Trukikaitis_Postimees, lk 73
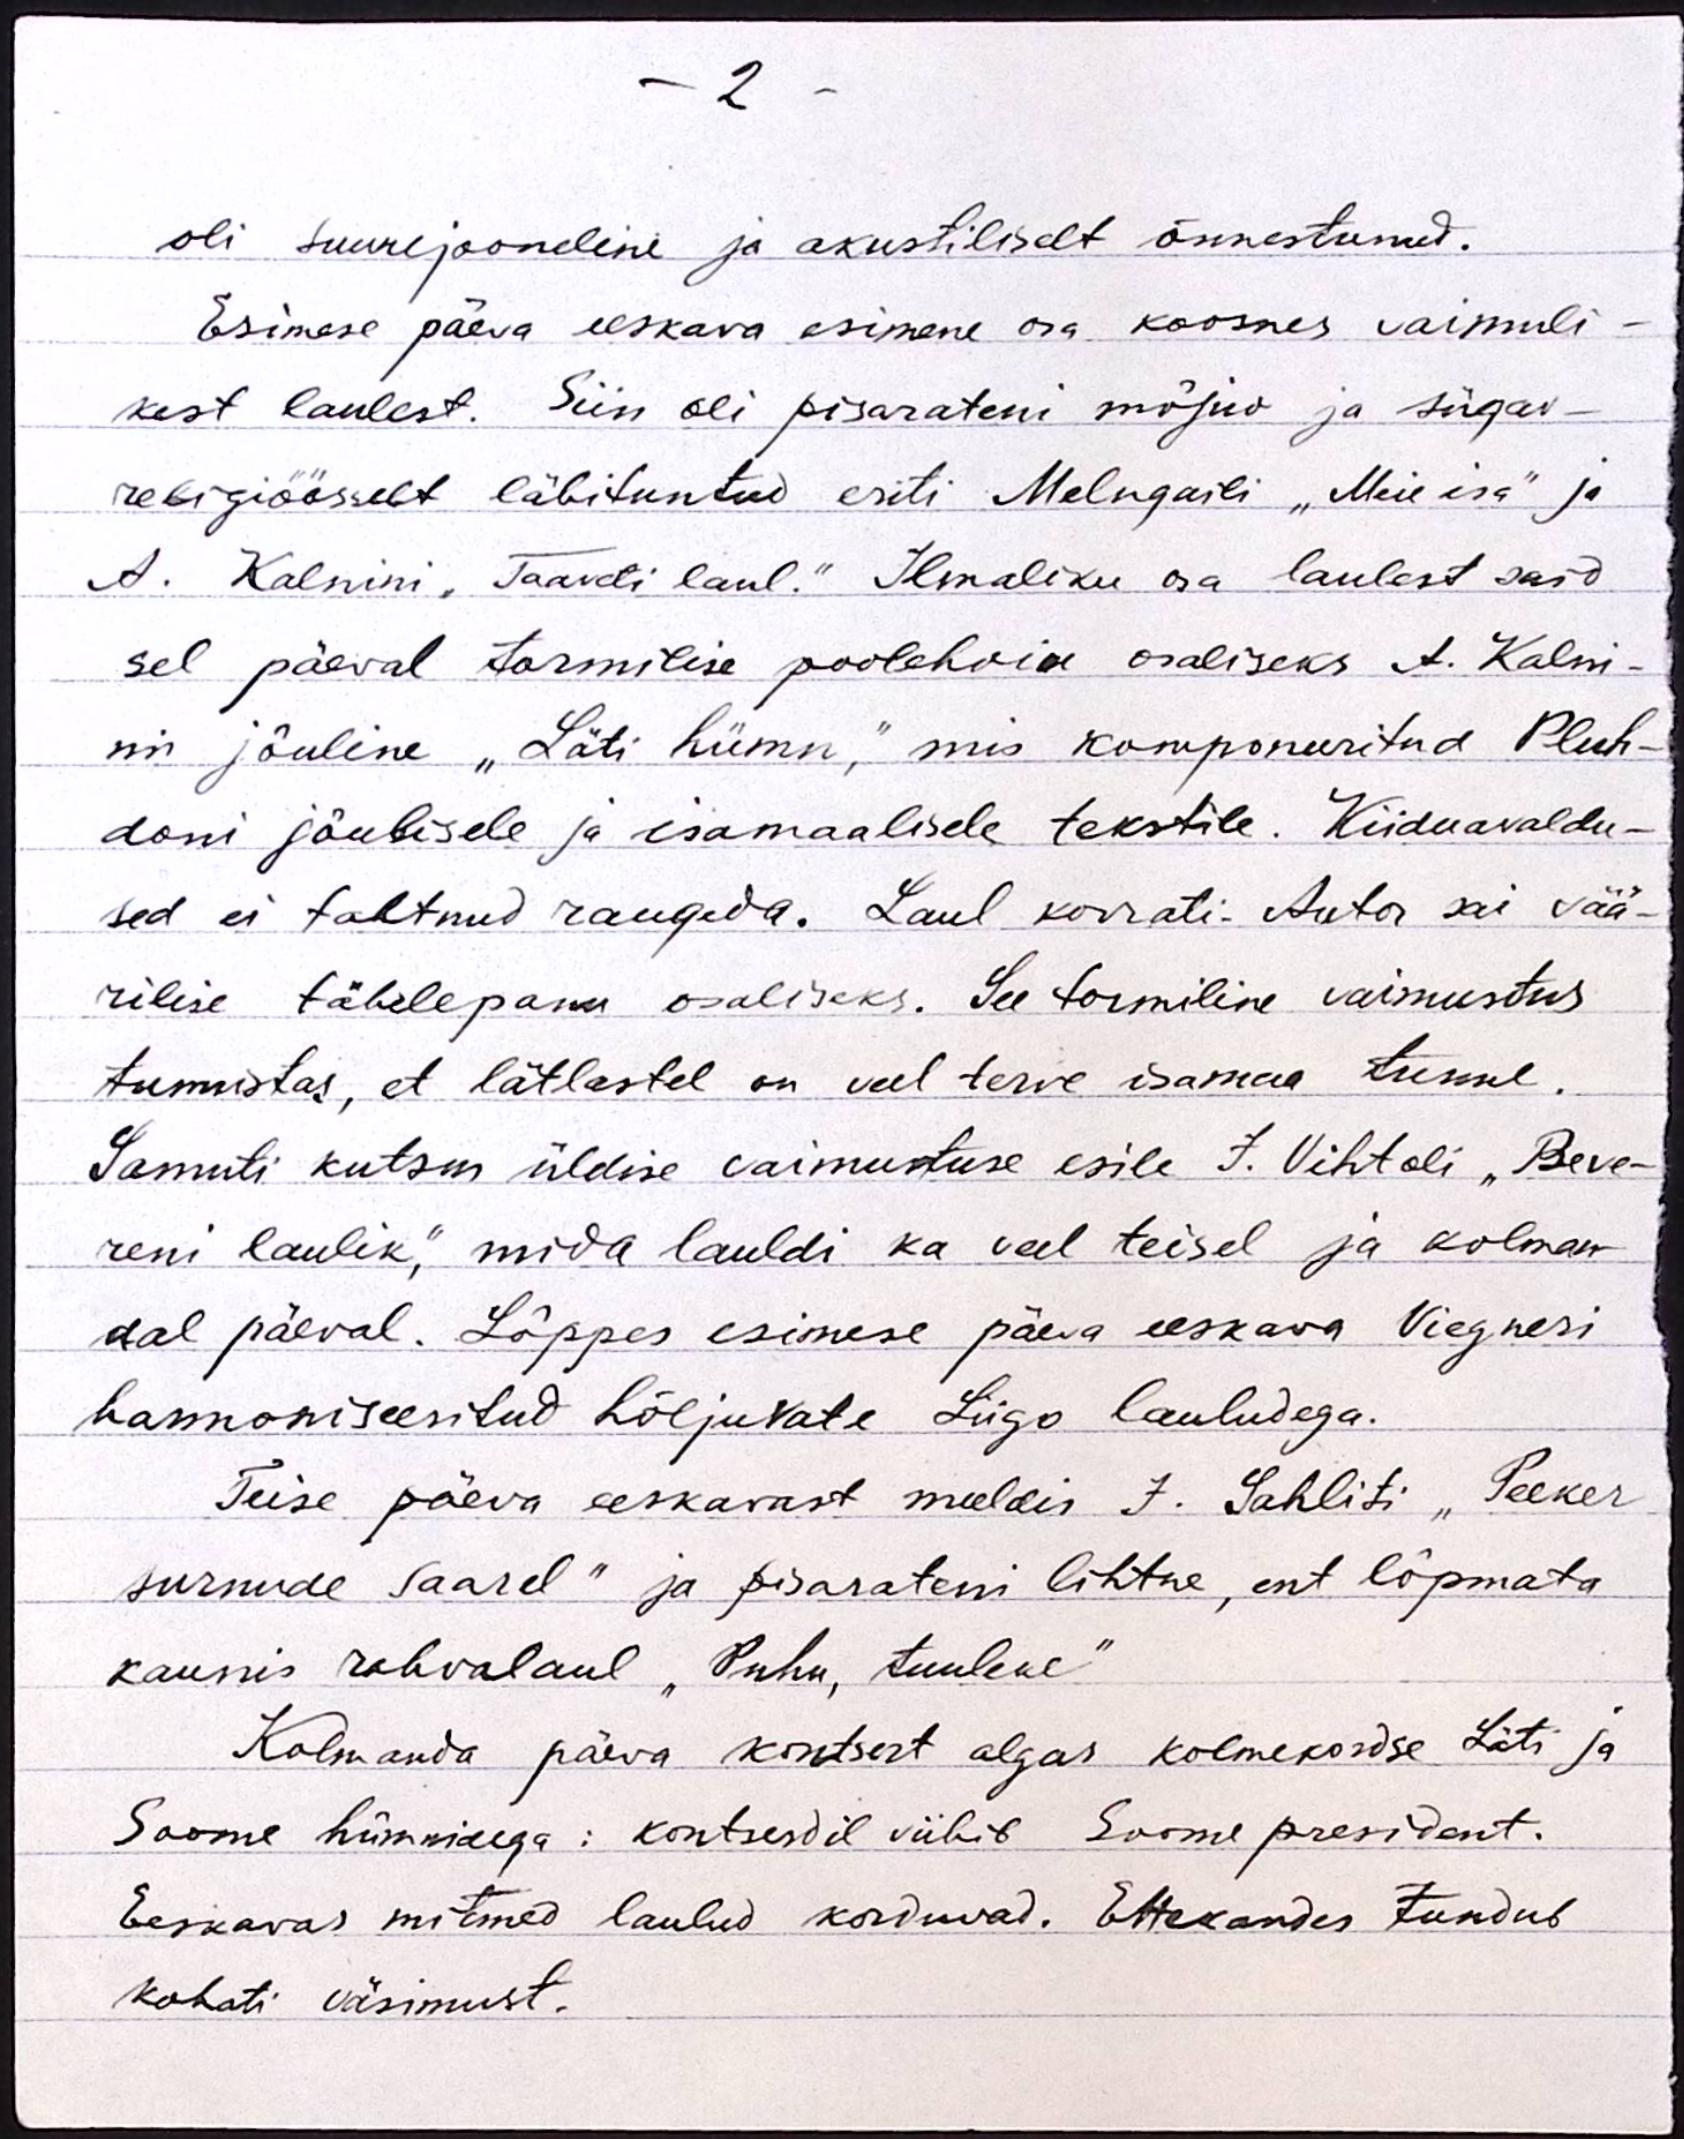
- 2 -
oli suurejooneline ja akustiliselt õnnestunud.
Esimese päeva eeskava esimene osa koosnes vaimuli-
kest laulest. Siin oli pisarateni mõjuv ja sügav-
religiöösselt läbituntud eriti Melngaili "Meie isa" ja
A. Kalnini "Taaveti laul." Ilmaliku osa laulest said
sel päeval tormilise poolehoiu osaliseks A. Kalni-
ni jõuline "Läti hümn", mis komponeeritud Pluh-
doni jõulisele ja isamaalisele tekstile. Kiiduavaldu-
sed ei tahtnud raugeda. Laul korrati. Autor sai vää-
rilise tähelepanu osaliseks. See tormiline vaimustus
tunnistas, et lätlastel on veel terve isamaa tunne.
Samuti kutsus üldise vaimustuse esile J. Vihtoli "Beve-
reni laulik", mida lauldi ka veel teisel ja kolman-
dal päeval. Lõppes esimese päeva eeskava Viegneri
harmoniseeritud hõljuvate Liigo lauludega.
Teise päeva eeskavast meeldis J. Sahliti "Peeker
surnude saarel" ja pisarateni lihtne, ent lõpmata
kaunis rahvalaul "Puhu, tuuleke"
Kolmanda päeva kontsert algas kolmekordse Läti ja
Soome hümnidega: kontserdil viibib Soome president.
Eeskavas mitmed laulud korduvad. Ettekandes tundub
kohati väsimust.